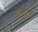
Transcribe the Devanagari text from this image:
बोर्स्टल